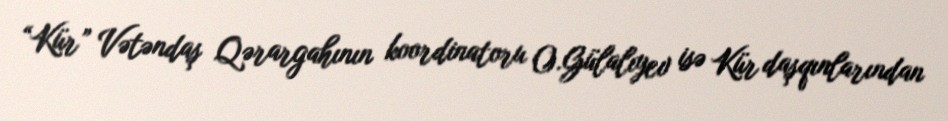
“Kür” Vətəndaş Qərargahının koordinatoru O.Gülalıyev isə Kür daşqınlarından